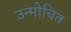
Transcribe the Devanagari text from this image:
उन्मोचित